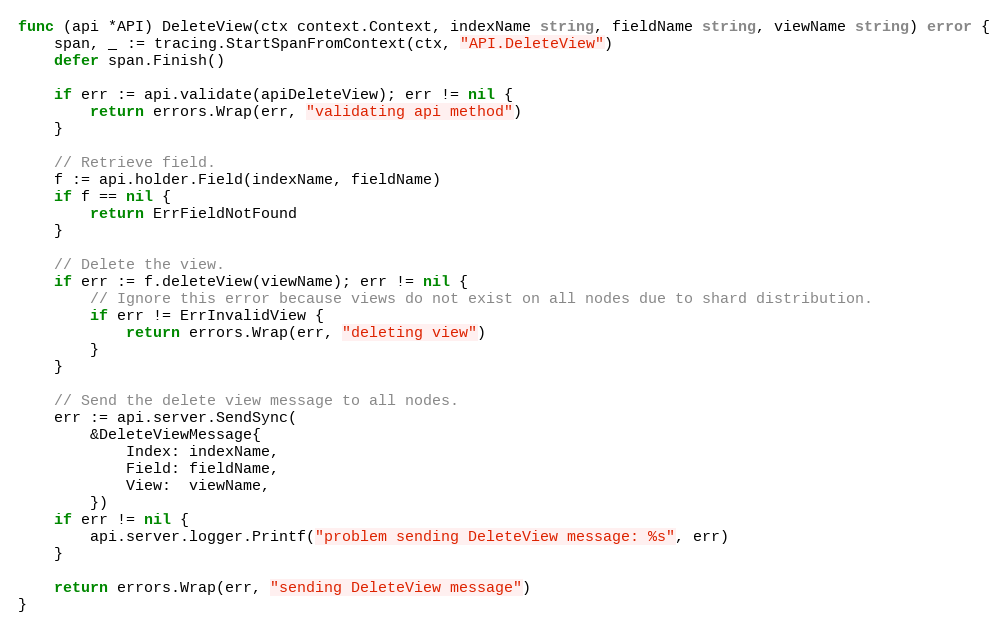
Language: Go
func (api *API) DeleteView(ctx context.Context, indexName string, fieldName string, viewName string) error {
	span, _ := tracing.StartSpanFromContext(ctx, "API.DeleteView")
	defer span.Finish()

	if err := api.validate(apiDeleteView); err != nil {
		return errors.Wrap(err, "validating api method")
	}

	// Retrieve field.
	f := api.holder.Field(indexName, fieldName)
	if f == nil {
		return ErrFieldNotFound
	}

	// Delete the view.
	if err := f.deleteView(viewName); err != nil {
		// Ignore this error because views do not exist on all nodes due to shard distribution.
		if err != ErrInvalidView {
			return errors.Wrap(err, "deleting view")
		}
	}

	// Send the delete view message to all nodes.
	err := api.server.SendSync(
		&DeleteViewMessage{
			Index: indexName,
			Field: fieldName,
			View:  viewName,
		})
	if err != nil {
		api.server.logger.Printf("problem sending DeleteView message: %s", err)
	}

	return errors.Wrap(err, "sending DeleteView message")
}